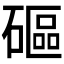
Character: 𥕥